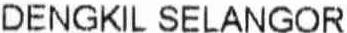
DENGKIL SELANGOR